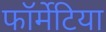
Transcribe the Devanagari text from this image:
फॉर्मेटिया